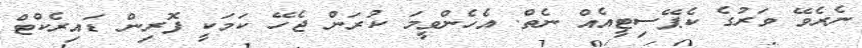
ނެރެވޭ ވަރުގެ ކެޕޭސިޓީއެއް ނެތް. އެހެންވީމަ ކުރަން ޖެހޭ ކަމަކީ ފޮރިން ޑައިރެކްޓް